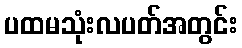
ပထမသုံးလပတ်အတွင်း